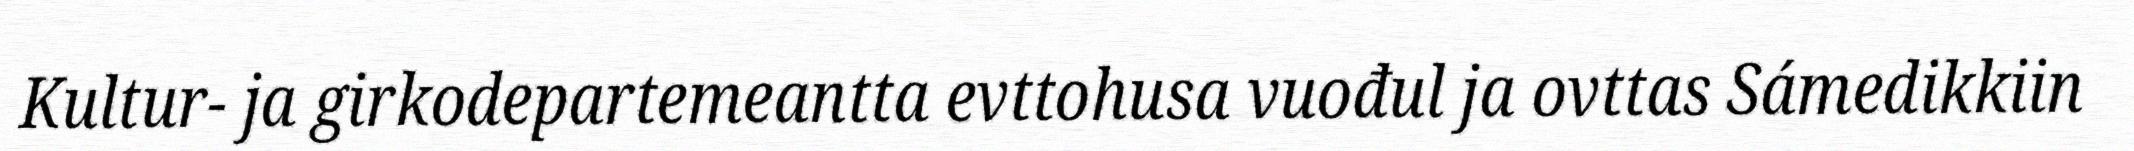
Kultur- ja girkodepartemeantta evttohusa vuođul ja ovttas Sámedikkiin